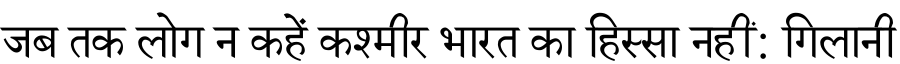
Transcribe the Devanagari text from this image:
जब तक लोग न कहें कश्मीर भारत का हिस्सा नहीं: गिलानी